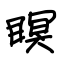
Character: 瞑